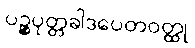
ပဉ္စပုတ္တခါဒပေတဝတ္ထု